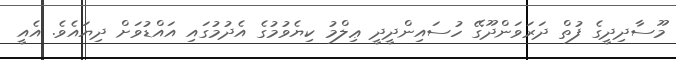
މޫސާދިދީގެ ފުތް ދަރަވަންދޫގޭ ހުސައިންދީދީ ޢިލްމު ކިޔެވުމުގެ އެދުމުގައި އައްޑުވަށް ދިޔައެވެ. އެއީ